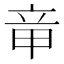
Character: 𥩫